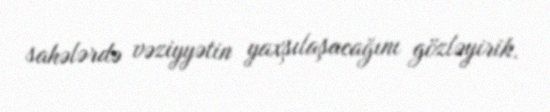
sahələrdə vəziyyətin yaxşılaşacağını gözləyirik.